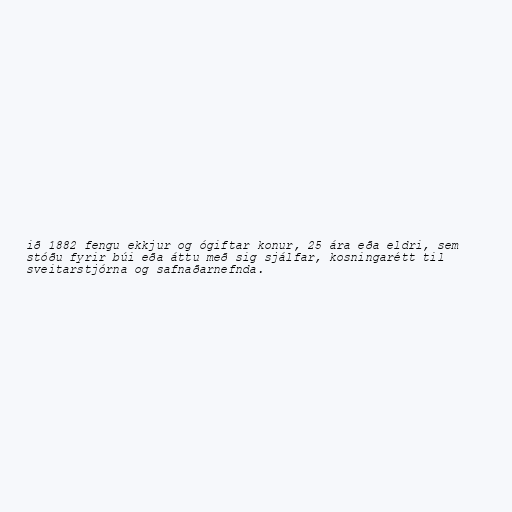
ið 1882 fengu ekkjur og ógiftar konur, 25 ára eða eldri, sem
stóðu fyrir búi eða áttu með sig sjálfar, kosningarétt til
sveitarstjórna og safnaðarnefnda.